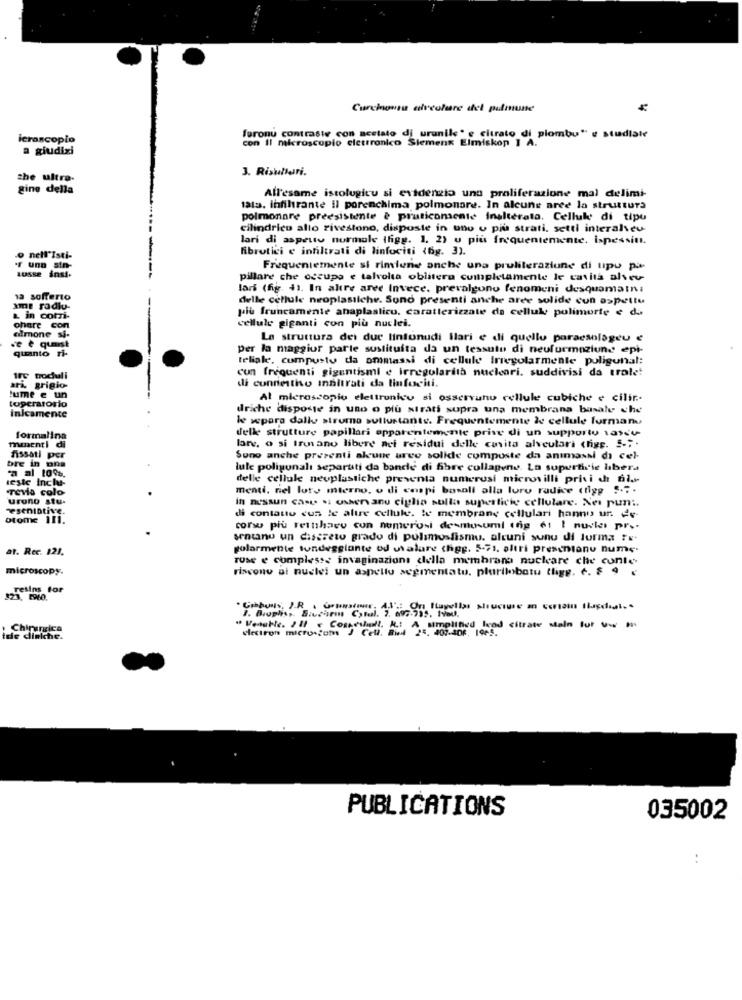
Curchoutu alveolare del palmune
icrascopio
furonu contraste con acetato di uranile' e citrato di piombo" e studiare
con Il microscopio elettronico Siemens Elmiskon 1 A.
a giudizi
3. Risullari.
the ultra-
gine della
All'esame istolugicu si evidenzia una proliferazione mal delimi-
tata. infiltrante il porenchima polmonare. In alcune aree la struttura
polmonare preesistente è praticonsente inalterata. Cellule di tipo
cilindrico alto rivestono, disposte in uno o più strati, setti interalseu-
lari di aspetto normale (figg. 1. 2) u più frequentemente. ispessit.
librotici e infiltrati di linfociti (bg. 3).
-o nell'Isti-
LUSSE inst.
-r una sin-
Frequentemente si rimiune anche una pruliterazione di upu pa-
pillare che occupa e talvolta oblitera completamente le cavità alseu-
lars (fig. 4). In altre aree Invece. prevalgono fenomeni desquamatni
12 sofferto
delle cellule neoplasilche. Sono presenti anche aree solide con ospeltu
Ime radiu-
più fruncamente anaplastico, caratterizzate da cellule polimorte e da
L in coti-
ohere con
almone si-
cellule giganti con più nuclei.
ve e quest
La struttura dei due lintunudi llari e di quello paraesolageu e
quanto ri-
per la maggior parte sustituita da un tessuto di neufurmoziund epi-
teliale, cumpusty da ommassi di cellule Irregolarmente poligonal:
cun frequenti gigantisml e irregolarità nucleari. suddivisi da trale!
1FC nochuli
ari, grigio-
di connestho innitrati da linfociti.
toperatorio
lume e un
Al microscopio elettronico si osservatu cellule cubiche e cilir .-
Inicamente
driche disposte in uno o più strati supra una membrana basale che
le separa dalle strumo sollustante. Frequentemente le cellule furman
delle strutture papillari apparentemente prive di un supportu tarey
formalina
mmenti di
lare, o si Irunano libere aei residui delle convita alveutari cheg. S .;.
bre in ona
fissati per
Sono anche presenti alcune urve solide composte da anımassi di cel-
a al 10%.
lule poligunalı separtiti da bande di fibre collagene. La superficie hiber.
leste inclu-
delle cellule neoplastiche presenta numerusi microvilli privi chi fil .-
TeVia colo
menti, nel luty mterno, o di compi basali alla loro radice (figg S ...
urono stu.
in nessun case si ussen anu ciglio sulla superficie cellulare. Nei pun :.
resenIDtive.
otome 111.
di contatto cus le altre cellule. te membrane cellulari hanno ur. de-
corso più rettiharu cun numerosi desmusumi ing 6: I nuclei prs-
sentano un discreto grado di pulimusfismu. alcuni sunu di lurma ?x.
at. Rec. 121.
golarmente tondeggiante od uralare thgg. 5-71. altri presentanu nume.
Tose e complesse invaginazione della membrana nucleare che conte-
microscopy.
riscono ai nuclei un aspello segmentato, plurimobatu thigg. c. F 9 ;
resins for
$23, 1960.
1. Bioption Bacchini Cytul. 7. 093-999. 14med.
Chirurgica
" Venable. All " Costeshall. R .: A simplified lood citrate stain for
electron microscom J Cell. Bud 25. 301-406. 1965.
PUBLICATIONS
035002
..